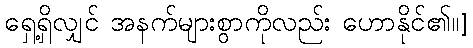
ရှေ့ရှိလျှင် အနက်များစွာကိုလည်း ဟောနိုင်၏။]